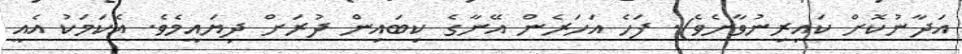
އަދާނުކޮށް ކައިރިނުވާށެވެ). ފަހެ އަހަރެން އޭނާގެ ކިބައިން ދުރަށް ދިޔައީމެވެ. އެކަމަކު އެއީ